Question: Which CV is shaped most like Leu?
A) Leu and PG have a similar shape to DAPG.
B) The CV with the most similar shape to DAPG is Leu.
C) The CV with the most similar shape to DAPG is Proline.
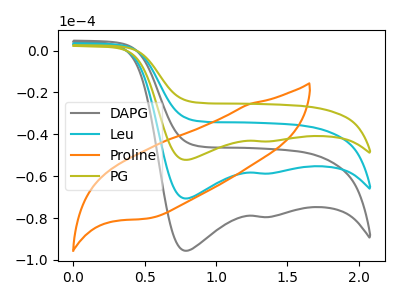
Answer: <think>The gray curve "DAPG" has cathodic peaks at (0.80V, -95.60uA) (1.30V, -79.45uA). The cyan curve "Leu" has cathodic peaks at (0.80V, -70.65uA) (1.30V, -58.70uA). The orange curve "Proline" has no peaks. The olive curve "PG" has cathodic peaks at (0.80V, -141.25uA) (1.30V, -117.45uA).
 All the peaks in "DAPG" have a peak in "Leu" at the same potential. Every peak in "DAPG" is higher than every peak in "Leu". "DAPG" and "Proline" have a different number of peaks. All the peaks in "DAPG" have a peak in "PG" at the same potential. Every peak in "DAPG" is lower than every peak in "PG". "Leu" and "Proline" have a different number of peaks. All the peaks in "Leu" have a peak in "PG" at the same potential. Every peak in "Leu" is lower than every peak in "PG". "Proline" and "PG" have a different number of peaks.</think>
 <answer>A) "Leu" and "PG" have a similar shape to "DAPG".</answer>
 <eval>A</eval>